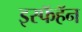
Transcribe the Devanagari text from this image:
इस्फॅहॅन